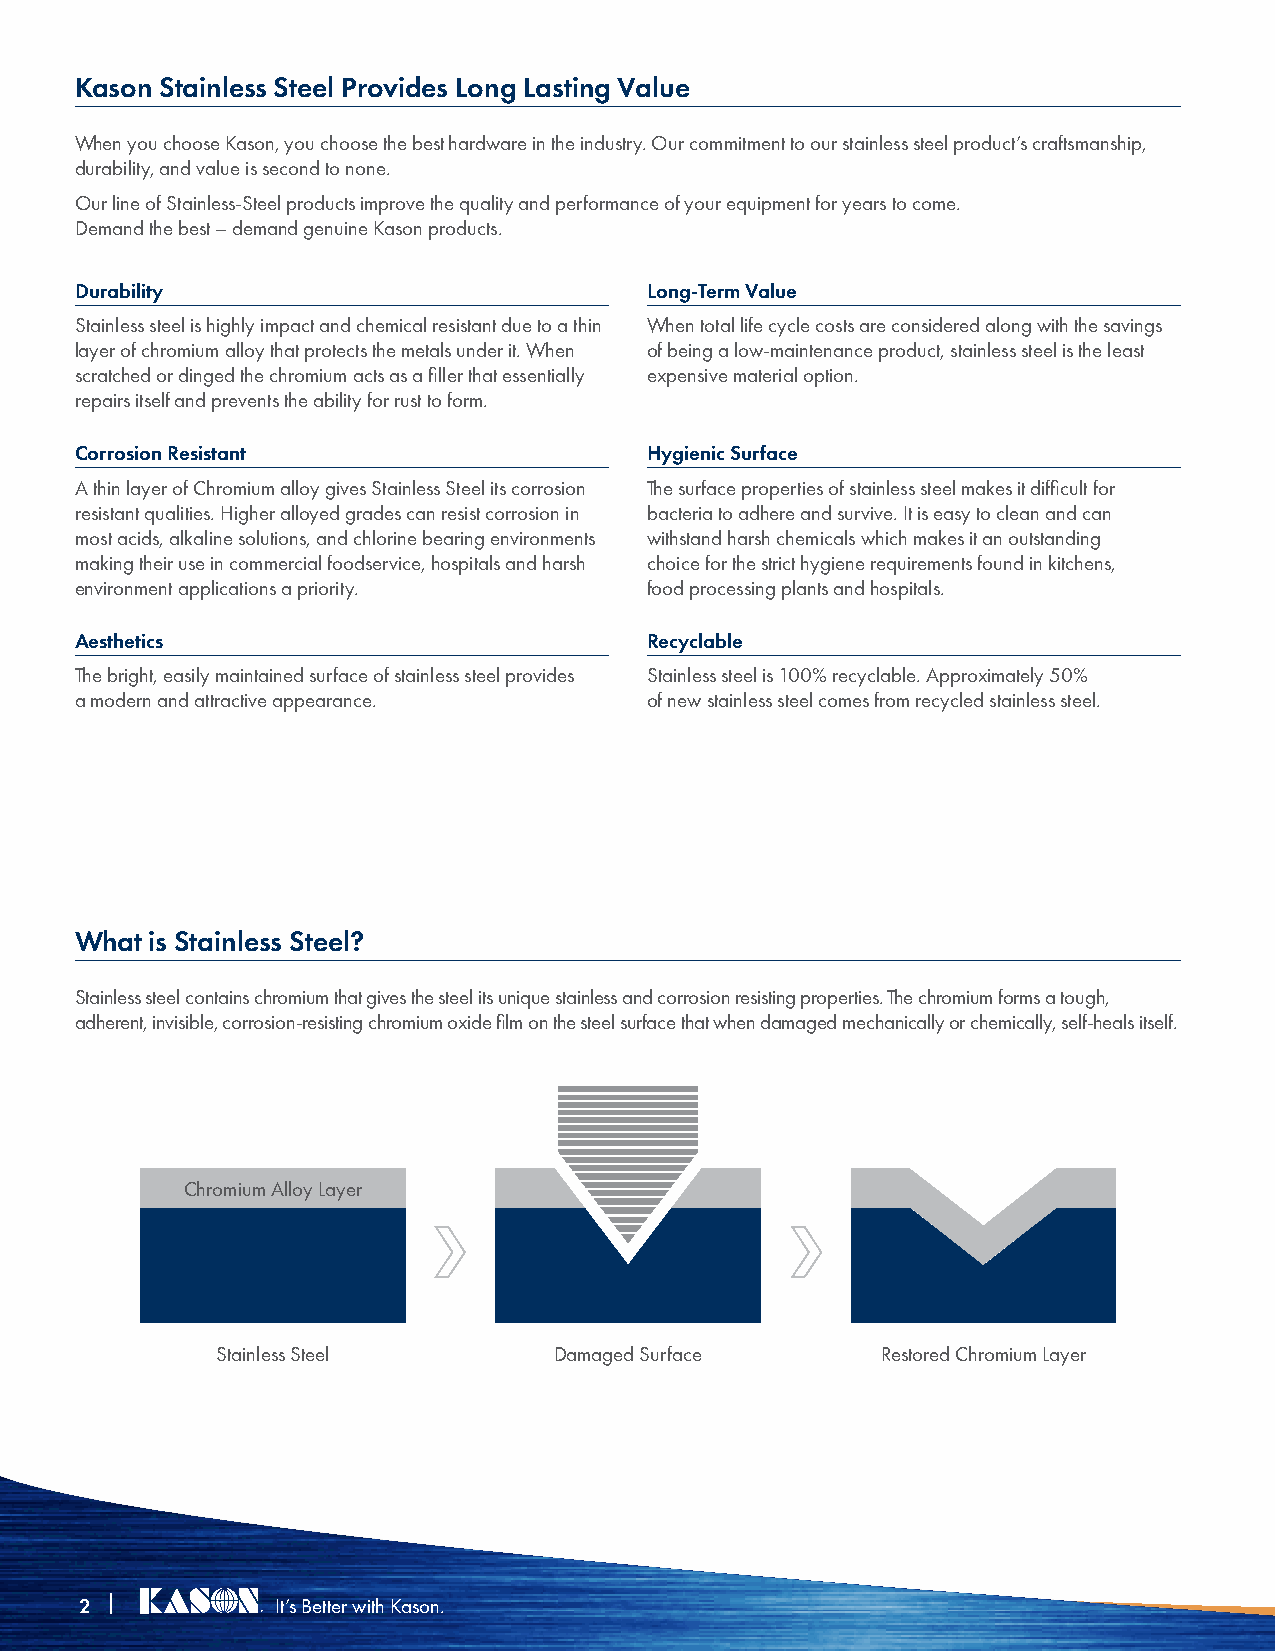
Kason Stainless Steel Provides Long Lasting Value
 When you choose Kason, you choose the best hardware in the industry. Our commitment to our stainless steel product’s craftsmanship,
 durability, and value is second to none.
 Our line of Stainless-Steel products improve the quality and performance of your equipment for years to come.
 Demand the best – demand genuine Kason products.
 Durability                            Long-Term Value
 Stainless steel is highly impact and chemical resistant due to a thin When total life cycle costs are considered along with the savings
 layer of chromium alloy that protects the metals under it. When of being a low-maintenance product, stainless steel is the least
 scratched or dinged the chromium acts as a filler that essentially expensive material option.
 repairs itself and prevents the ability for rust to form.
 Corrosion Resistant                   Hygienic Surface
 A thin layer of Chromium alloy gives Stainless Steel its corrosion The surface properties of stainless steel makes it difficult for
 resistant qualities. Higher alloyed grades can resist corrosion in bacteria to adhere and survive. It is easy to clean and can
 most acids, alkaline solutions, and chlorine bearing environments withstand harsh chemicals which makes it an outstanding
 making their use in commercial foodservice, hospitals and harsh choice for the strict hygiene requirements found in kitchens,
 environment applications a priority.  food processing plants and hospitals.
 Aesthetics                            Recyclable
 The bright, easily maintained surface of stainless steel provides Stainless steel is 100% recyclable. Approximately 50%
 a modern and attractive appearance.   of new stainless steel comes from recycled stainless steel.
 What is Stainless Steel?
 Stainless steel contains chromium that gives the steel its unique stainless and corrosion resisting properties. The chromium forms a tough,
 adherent, invisible, corrosion-resisting chromium oxide film on the steel surface that when damaged mechanically or chemically, self-heals itself.
 Chromium Alloy Layer
 Stainless Steel        Damaged Surface      Restored Chromium Layer
 2 |          It’s Better with Kason.